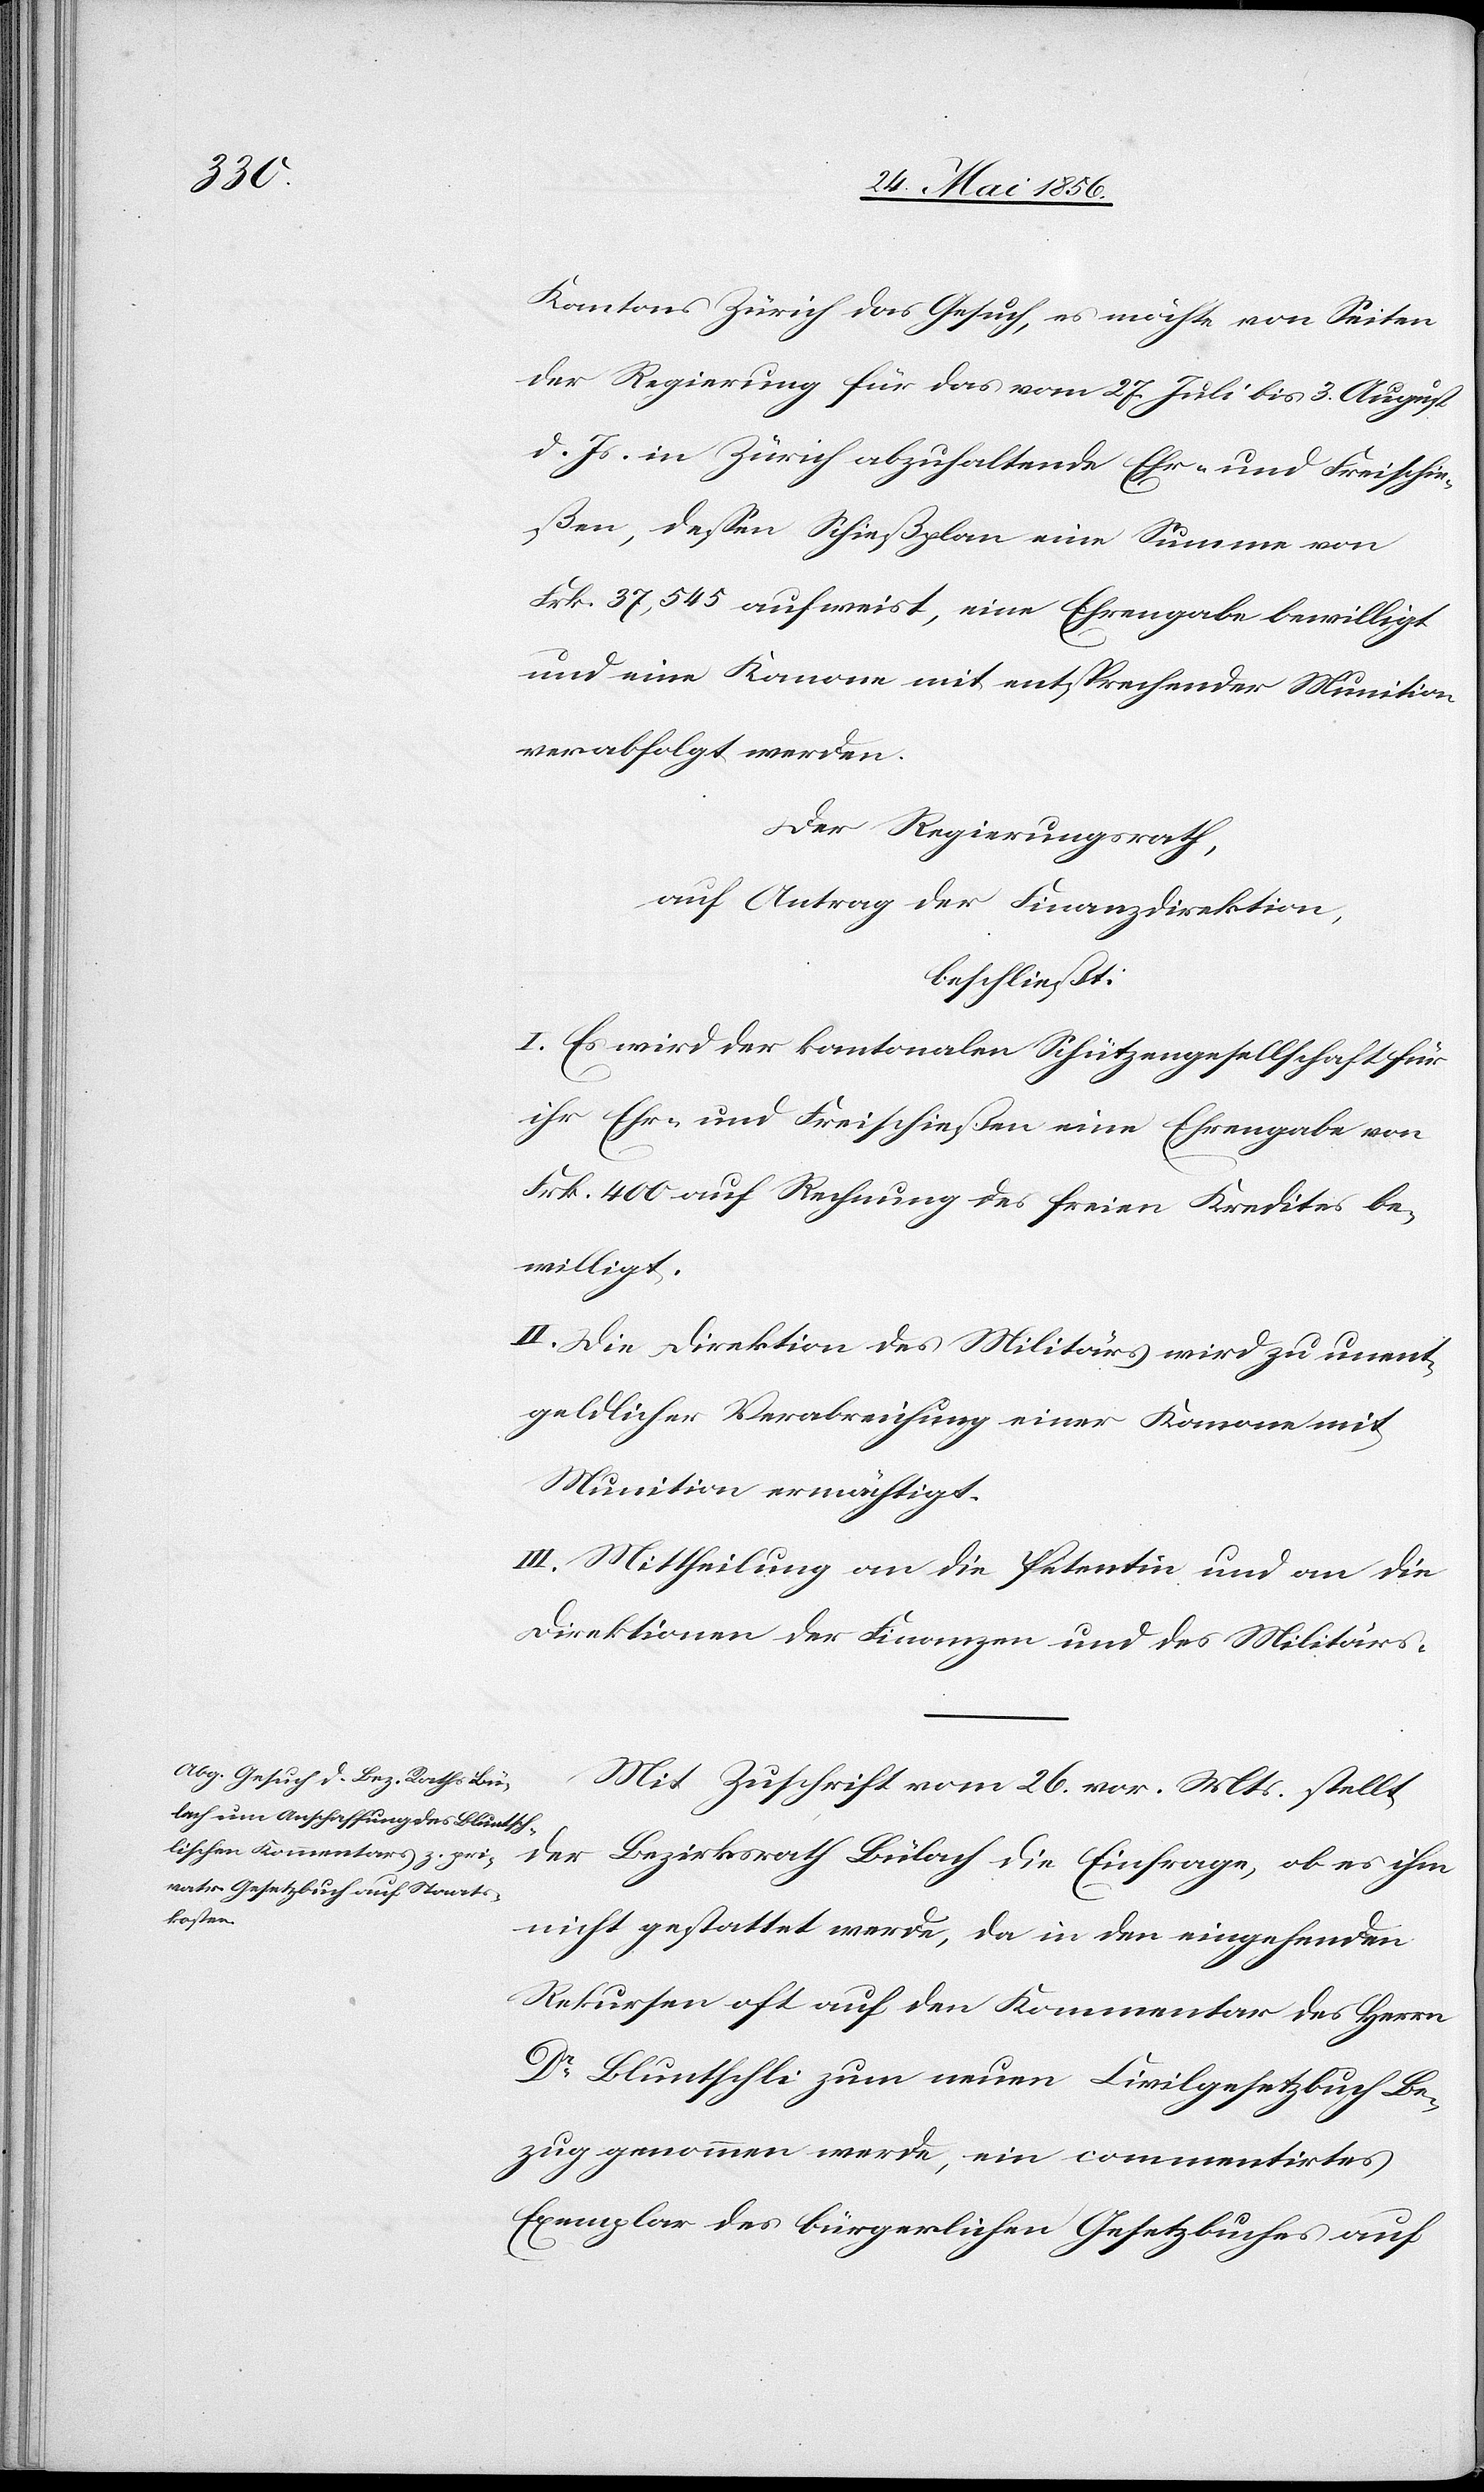
Kantons Zürich das Gesuch, es möchte von Seiten
der Regierung für das vom 27. Juli bis 3. August
d. Js. in Zürich abzuhaltende Ehr- und Freischie¬
ßen, dessen Schießplan eine Summe von
Frk. 37,545 aufweist, eine Ehrengabe bewilligt
und eine Kanone mit entsprechender Munition
verabfolgt werden.
Der Regierungsrath,
auf Antrag der Finanzdirektion,
beschließt:
I. Es wird der kantonalen Schützengesellschaft für
ihr Ehr- und Freischießen eine Ehrengabe von
Frk. 400 auf Rechnung des freien Kredites be¬
willigt.
II. Die Direktion des Militärs wird zu unent¬
geldlicher Verabreichung einer Kanone mit
Munition ermächtigt.
III. Mittheilung an die Petentin und an die
Direktionen der Finanzen und des Militärs.
Mit Zuschrift vom 26. vor. Mts. stellt
der Bezirksrath Bülach die Einfrage, ob es ihm
nicht gestattet werde, da in den eingehenden
Rekursen oft auf den Kommentar des Herrn
Dr Bluntschli zum neuen Civilgesetzbuch Be¬
zug genommen werde, ein commentirtes
Exemplar des bürgerlichen Gesetzbuches auf